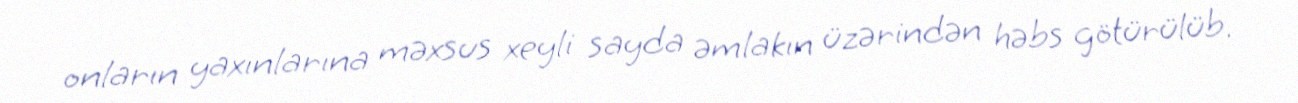
onların yaxınlarına məxsus xeyli sayda əmlakın üzərindən həbs götürülüb.